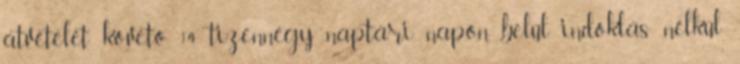
átvételét követő 14 tizennégy naptári napon belül indoklás nélkül